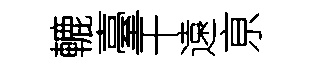
轆臺干遠亰